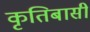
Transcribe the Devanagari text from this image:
कृतिबासी